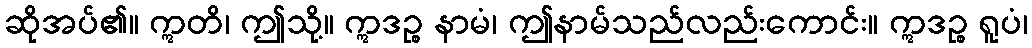
ဆိုအပ်၏။ ဣတိ၊ ဤသို့။ ဣဒဉ္စ နာမံ၊ ဤနာမ်သည်လည်းကောင်း။ ဣဒဉ္စ ရူပံ၊